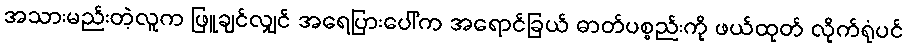
အသားမည်းတဲ့လူက ဖြူချင်လျှင် အရေပြားပေါ်က အရောင်ခြယ် ဓာတ်ပစ္စည်းကို ဖယ်ထုတ် လိုက်ရုံပင်